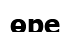
өре